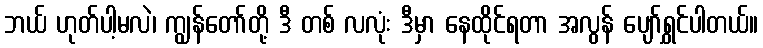
ဘယ် ဟုတ်ပါ့မလဲ၊ ကျွန်တော်တို့ ဒီ တစ် လလုံး ဒီမှာ နေထိုင်ရတာ အလွန် ပျော်ရွှင်ပါတယ်။